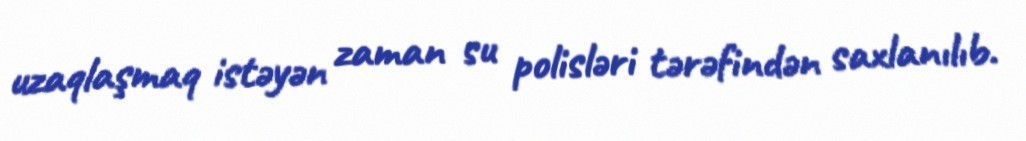
uzaqlaşmaq istəyən zaman su polisləri tərəfindən saxlanılıb.